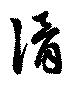
滑